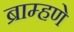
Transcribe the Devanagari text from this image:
ब्राम्हणे